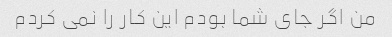
من اگر جای شما بودم این کار را نمی کردم